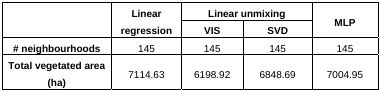
<table><thead><tr><td rowspan="2"></td><td rowspan="2"><b>Linear regression</b></td><td colspan="2"><b>Linear unmixing</b></td><td rowspan="2"><b>MLP</b></td></tr><tr><td><b>VIS</b></td><td><b>SVD</b></td></tr></thead><tbody><tr><td><b># neighbourhoods</b></td><td>145</td><td>145</td><td>145</td><td>145</td></tr><tr><td><b>Total vegetated area (ha)</b></td><td>7114.63</td><td>6198.92</td><td>6848.69</td><td>7004.95</td></tr></tbody></table>